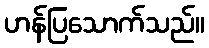
ဟန်ပြသောက်သည်။